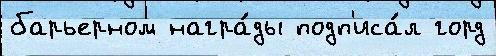
барьерном награ́ды подп'иса́л горд